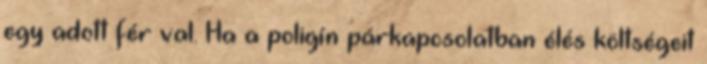
egy adott férﬁval. Ha a poligín párkapcsolatban élés költségeit